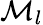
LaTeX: \mathcal{M}_{l}